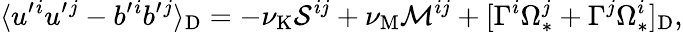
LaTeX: \langle{u^{\prime}{}^{i}u^{\prime}{}^{j}-b^{\prime}{}^{i}b^{\prime}{}^{j}}\rangle_{\mathrm{{D}}}=-\nu_{\mathrm{{K}}}{\cal{S}}^{ij}+\nu_{\mathrm{{M}}}{\cal{M}}^{ij}+[\Gamma^{i}\Omega_{\ast}^{j}+\Gamma^{j}\Omega_{\ast}^{i}]_{\mathrm{{D}}},